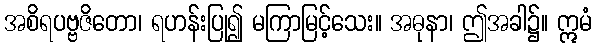
အစိရပဗ္ဗဇိတော၊ ရဟန်းပြု၍ မကြာမြင့်သေး။ အဓုနာ၊ ဤအခါ၌။ ဣမံ